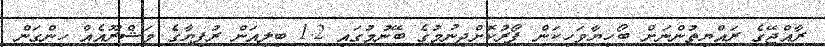
ރާއްޖޭގެ ރައްޔިތުންނަށް ބޯހިޔާވަހިކަން ފޯރުކޮށްދިނުމުގެ ބޭނުމުގައި 1.2 ބިލިއަން ރުފިޔާގެ މަޝްރޫއެއް ހިންގަން